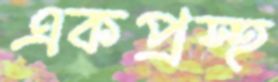
একপ্রস্হ